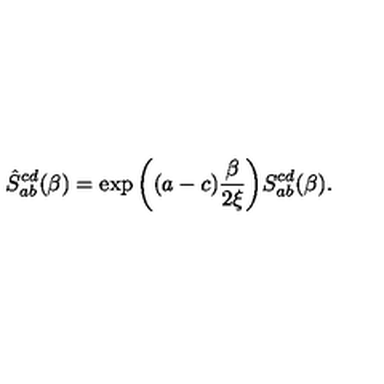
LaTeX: \hat { S } _ { a b } ^ { c d } ( \beta ) = \exp \bigg ( ( a - c ) { \frac { \beta } { 2 \xi } } \bigg ) S _ { a b } ^ { c d } ( \beta ) .